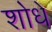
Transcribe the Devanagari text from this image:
शोधे